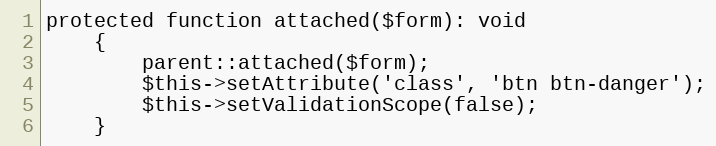
Language: PHP
protected function attached($form): void
	{
		parent::attached($form);
		$this->setAttribute('class', 'btn btn-danger');
		$this->setValidationScope(false);
	}